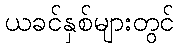
ယခင်နှစ်များတွင်